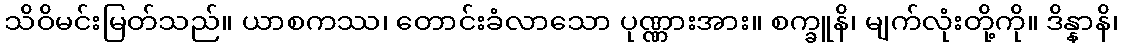
သိဝိမင်းမြတ်သည်။ ယာစကဿ၊ တောင်းခံလာသော ပုဏ္ဏားအား။ စက္ခူနိ၊ မျက်လုံးတို့ကို။ ဒိန္နာနိ၊